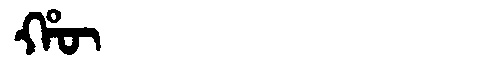
Manchu: ᡥᡡ
Romanization: HŪ